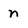
Character: n